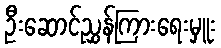
ဦးဆောင်ညွှန်ကြားရေးမှူး